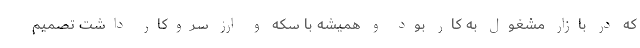
که در بازار مشغول به کار بود و همیشه با سکه و ارز سروکار داشت تصمیم